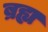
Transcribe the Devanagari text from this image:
ब्रह्य